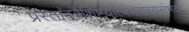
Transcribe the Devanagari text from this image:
प्रस्ताववैशिष्टयोत्पन्नवाच्यसंभवा